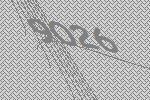
9026